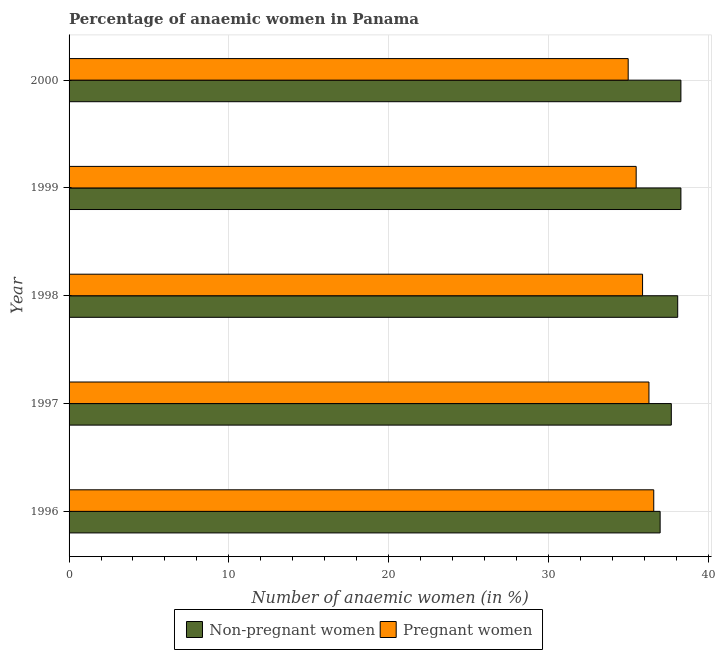
| Year | Non-pregnant women | Pregnant women |
 | --- | --- | --- |
 | 1996 | 37 | 36.6 |
 | 1997 | 37.7 | 36.3 |
 | 1998 | 38.1 | 35.9 |
 | 1999 | 38.3 | 35.5 |
 | 2000 | 38.3 | 35 |